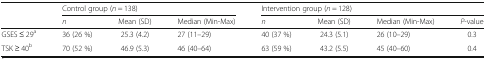
<table><thead><tr><td rowspan="2"></td><td colspan="3"><b>Control group (<i>n</i> = 138)</b></td><td colspan="4"><b>Intervention group (<i>n</i> = 128)</b></td></tr><tr><td><b><i>n</i></b></td><td><b>Mean (SD)</b></td><td><b>Median (Min-Max)</b></td><td><b><i>n</i></b></td><td><b>Mean (SD)</b></td><td><b>Median (Min-Max)</b></td><td><b><i>P</i>-value</b></td></tr></thead><tbody><tr><td>GSES ≤ 29<sup>a</sup></td><td>36 (26 %)</td><td>25.3 (4.2)</td><td>27 (11–29)</td><td>40 (37 %)</td><td>24.3 (5.1)</td><td>26 (10–29)</td><td>0.3</td></tr><tr><td>TSK ≥ 40<sup>b</sup></td><td>70 (52 %)</td><td>46.9 (5.3)</td><td>46 (40–64)</td><td>63 (59 %)</td><td>43.2 (5.5)</td><td>45 (40–60)</td><td>0.4</td></tr></tbody></table>